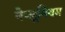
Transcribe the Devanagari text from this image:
नेप्लूनियम